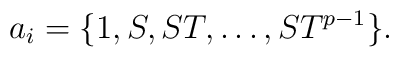
a_i =\{1, S,ST,\dots,ST^{p-1} \}.